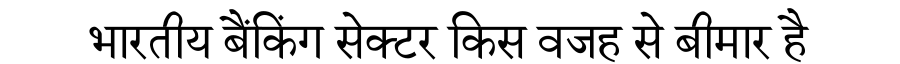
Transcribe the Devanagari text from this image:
भारतीय बैंकिंग सेक्टर किस वजह से बीमार है